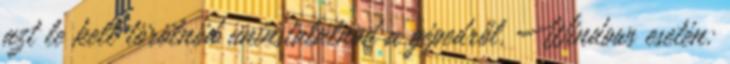
azt le kell törölnöd uninstalálnod a gépedről. Windows esetén: